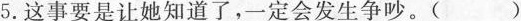
5.这事要是让她知道了，一定会发生争吵。()